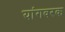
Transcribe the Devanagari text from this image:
यांगवरक